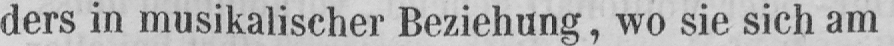
ders in musikalischer Beziehung, wo sie sich am